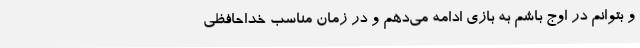
و بتوانم در اوج باشم به بازی ادامه می‌دهم و در زمان مناسب خداحافظی